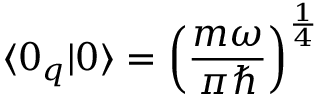
\langle 0 _ { q } | 0 \rangle = \left( \frac { m \omega } { \pi \hbar } \right) ^ { \frac { 1 } { 4 } }